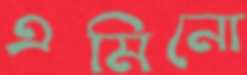
এমিনো